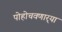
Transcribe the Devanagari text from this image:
पोहोचवणार्‍या